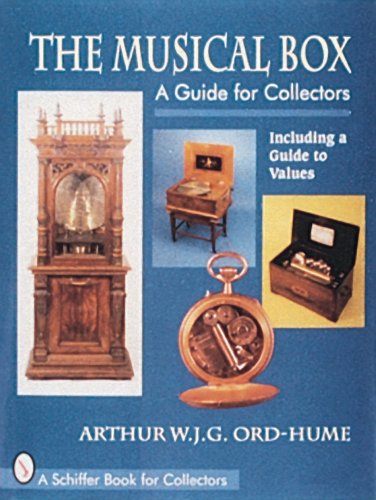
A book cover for The Musical Box: A Guide for Collectors : Including a Guide to Values; Arthur W. J. G. Ord-Hume; Crafts, Hobbies & Home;